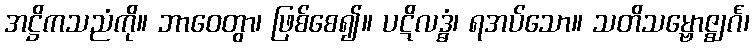
အဋ္ဌိကသညံကို။ ဘာဝေတွာ၊ ဖြစ်စေ၍။ ပဋိလဒ္ဓံ၊ ရအပ်သော။ သတိသမ္ဗောဇ္ဈင်္ဂ၊